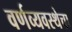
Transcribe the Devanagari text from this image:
वर्णव्यवस्थेचा